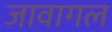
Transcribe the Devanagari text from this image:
जावागल